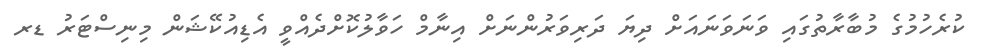
ކުރެހުމުގެ މުބާރާތުގައި ވަނަވަނައަށް ދިޔަ ދަރިވަރުންނަށް އިނާމް ހަވާލުކޮށްދެއްވީ އެޑިއުކޭޝަން މިނިސްޓަރު ޑރ